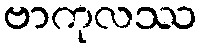
ဗာကုလဿ